Indian journal of veterinary science and animal husbandry - Volumes 15-17, 1948-1951
Year: 1948
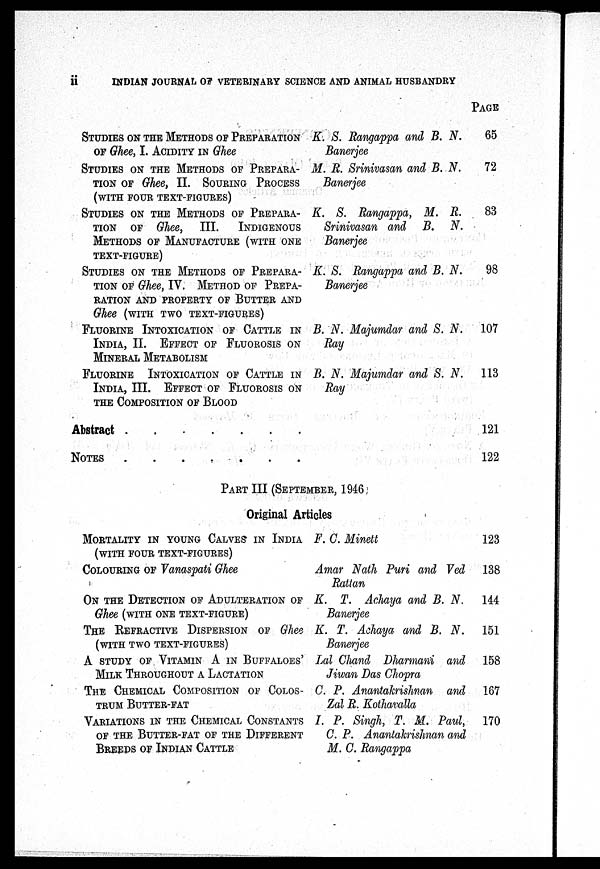
ii I
NDI AN J
OURNAL OF VETERI NARY SCI ENCE AND ANI MAL HUSBANDRY
STUDIES ON THE METHODS OF PREPARATION
OF Ghee, I. ACIDITY IN Ghee
STUDIES ON THE METHODS OF PREPARA-
TION OF Ghee, II. SOURING PROCESS
(WITH FOUR TEXT-FIGURES)
STUDIES ON THE METHODS OF PREPARA-
TION OF Ghee, III. INDIGENOUS
METHODS OF MANUFACTURE (WITH ONE
TEXT-FIGURE)
STUDIES ON THE METHODS OF PREPARA-
TION OF Ghee, IV. METHOD OF PREPA-
RATION AND PROPERTY OF BUTTER AND
Ghee (WITH TWO TEXT-FIGURES)
FLUORINE INTOXICATION OF CATTLE IN
I NDI A, II. EFFECT OF FLUOROSIS ON
MINERAL METABOLISM
FLUORINE INTOXICATION OF CATTLE IN
I NDI A, III. EFFECT OF FLUORISIS ON
THE COMPOSITION OF BLOOD
K. S. Rangappa and B. N.
Banerjee
M. R. Srinivasan and B. N.
Banerjee
K. S. Rangappa, M. R.
Srinivasan and B. N.
Banerjee
K. S. Rangappa and B. N.
Banerjee
B. N. Majumdar and S. N.
Ray
B. N. Majumdar and S. N.
Ray
Abst ract . . . . . . . .
NOTES . . . . . . . .
PAGE
65
72
83
98
107
113
121
122
PART III ( SEPTEMBER, 1946
Ori gi nal Art i cl es
MORTALITY IN YOUNG CALVES IN INDIA
(WITH FOUR TEXT-FIGURES)
COLOURING OF Vanaspati Ghee
ON THE DETECTION OF ADULTERATION OF
Ghee (WITH ONE TEXT-FIGURE)
THE REFRACTIVE DISPERSION OF Ghee
(WITH TWO TEXT-FIGURES)
A STUDY OF VITAMIN A IN BUFFALOES'
MILK THROUGHOUT A
LACTATION
THE CHEMICAL COMPOSITION OF COLOS-
TRUM BUTTER-FAT
VARIATIONS IN THE CHEMICAL CONSTANTS
OF THE BUTTER-FAT OF THE DIFFERENT
BREEDS OF INDIAN CATTLE
F. C. Minett
Amar Nath Puri and Ved
Rattan
K. T. Achaya and B. N.
Banerjee
K. T. Achaya and B. N.
Banerjee
Lal Chand Dharmani and
Jiwan Das Chopra
C. P. Anant akri shnan and
Zal R. Kothavalla
I. P. Singh, T. M. Paul,
C. P. Anantakrishnan
M. C. Rangappa
123
138
144
151
158
167
170